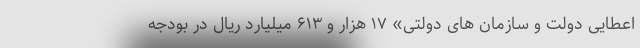
اعطایی دولت و سازمان های دولتی» ۱۷ هزار و ۶۱۳ میلیارد ریال در بودجه